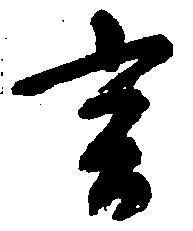
言